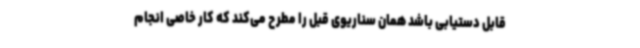
قابل دستیابی باشد همان سناریوی قبل را مطرح می‌کند که کار خاصی انجام